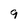
Character: 9